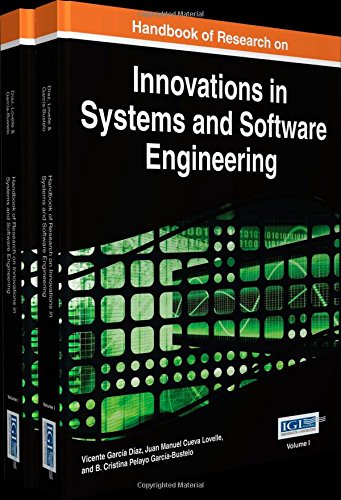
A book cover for Handbook of Research on Innovations in Systems and Software Engineering (Advances in Systems Analyssis, Software Engineering, and High Performance Computing (Asasehpc)); Vicente GarcÃ­a DÃ­az; Computers & Technology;